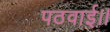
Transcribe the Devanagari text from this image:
पठवाई।।